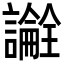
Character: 𬣎